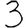
Digit: 3